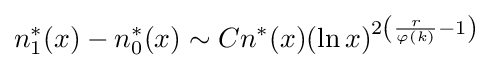
n_{1}^{*}(x)-n_{0}^{*}(x)\sim Cn^{*}(x)(\ln x)^{2\left({\frac {r}{\varphi (k)}}-1\right)}